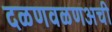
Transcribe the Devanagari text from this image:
दळणवळणअची